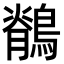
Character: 鶺